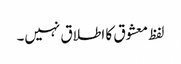
لفظ معشوق کا اطلاق نہیں۔